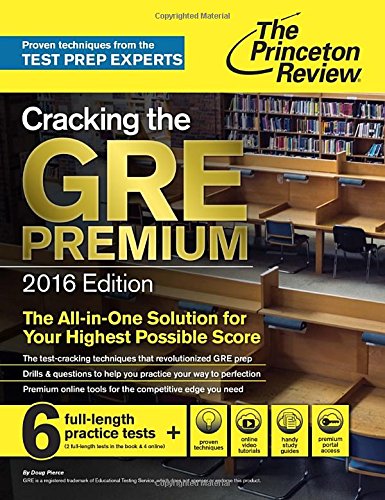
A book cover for Cracking the GRE Premium Edition with 6 Practice Tests, 2016 (Graduate School Test Preparation); Princeton Review; Test Preparation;